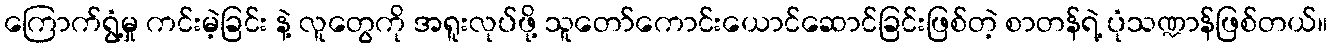
ကြောက်ရွံ့မှု ကင်းမဲ့ခြင်း နဲ့ လူတွေကို အရူးလုပ်ဖို့ သူတော်ကောင်းယောင်ဆောင်ခြင်းဖြစ်တဲ့ စာတန်ရဲ့ ပုံသဏ္ဍာန်ဖြစ်တယ်။